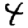
Digit: 4